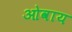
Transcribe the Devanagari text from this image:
ओवाय